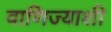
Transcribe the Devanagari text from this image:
वाणिज्याशी